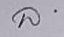
ล